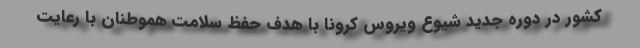
کشور در دوره جدید شیوع ویروس کرونا با هدف حفظ سلامت هموطنان با رعایت